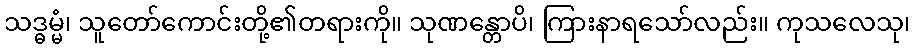
သဒ္ဓမ္မံ၊ သူတော်ကောင်းတို့၏တရားကို။ သုဏန္တောပိ၊ ကြားနာရသော်လည်း။ ကုသလေသု၊